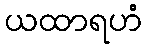
ယထာရဟံ